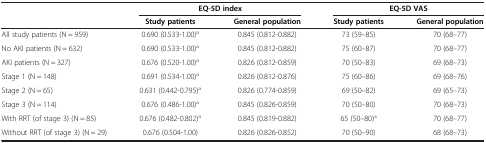
|  | <COLSPAN=2> EQ-5D index | <COLSPAN=2> EQ-5D VAS |
 |  | Study patients | General population | Study patients | General population |
 | --- | --- | --- | --- | --- |
 | All study patients (N = 959) | 0.690 (0.533-1.00)a | 0.845 (0.812-0.882) | 73 (59–85) | 70 (68–77) |
 | No AKI patients (N = 632) | 0.690 (0.533-1.00)a | 0.845 (0.812-0.882) | 75 (60–87) | 70 (68–77) |
 | AKI patients (N = 327) | 0.676 (0.520-1.00)a | 0.826 (0.812-0.859) | 70 (50–83) | 69 (68–73) |
 | Stage 1 (N = 148) | 0.691 (0.534-1.00)a | 0.826 (0.812-0.876) | 75 (60–86) | 69 (68–76) |
 | Stage 2 (N = 65) | 0.631 (0.442-0.795)a | 0.826 (0.774-0.859) | 69 (50–82) | 69 (65–73) |
 | Stage 3 (N = 114) | 0.676 (0.486-1.00)a | 0.845 (0.826-0.859) | 70 (50–80) | 70 (68–73) |
 | With RRT (of stage 3) (N = 85) | 0.676 (0.482-0.802)a | 0.845 (0.819-0.882) | 65 (50–80)a | 70 (68–77) |
 | Without RRT (of stage 3) (N = 29) | 0.676 (0.504-1.00) | 0.826 (0.826-0.852) | 70 (50–90) | 68 (68–73) |